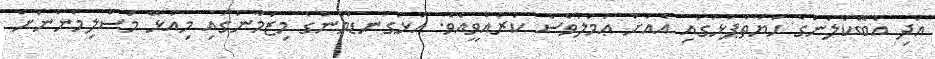
އަދި އެބޭކަލުންގެ ޙަޔާތްޕުޅުގައި އެއަށް ޢަމަލުވެސް ކުރެއްވީއެވެ. އަޅުގަނޑުމެންގެ މިޒަމާނުގައި މިއުޅޭ މުސްލިމުންނަށް